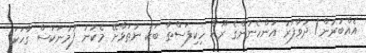
އެއްބުރުން/ ދުވާފަރު އަންހެނުންގެ ރޫޙް ހިކިފަސްތާ ބަކަ ނުތަޅާށޭ މެކުނު ފުމުނަކަސް ގާހަކަ